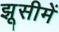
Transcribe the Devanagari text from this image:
झूसीमें